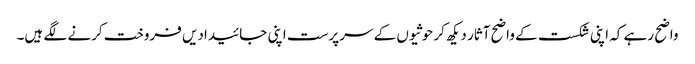
واضح رہے کہ اپنی شکست کے واضح آثار دیکھ کر حوثیوں کے سرپرست اپنی جائیدادیں فروخت کرنے لگے ہیں۔